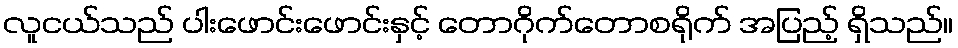
လူငယ်သည် ပါးဖောင်းဖောင်းနှင့် တောဂိုက်တောစရိုက် အပြည့် ရှိသည်။